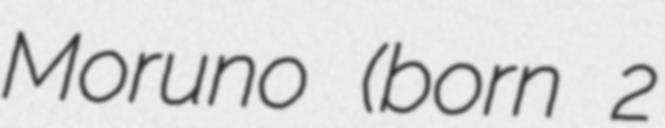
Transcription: Moruno (born 2